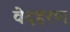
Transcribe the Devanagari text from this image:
वेदहरण